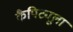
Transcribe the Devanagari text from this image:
कैपिट्यूला